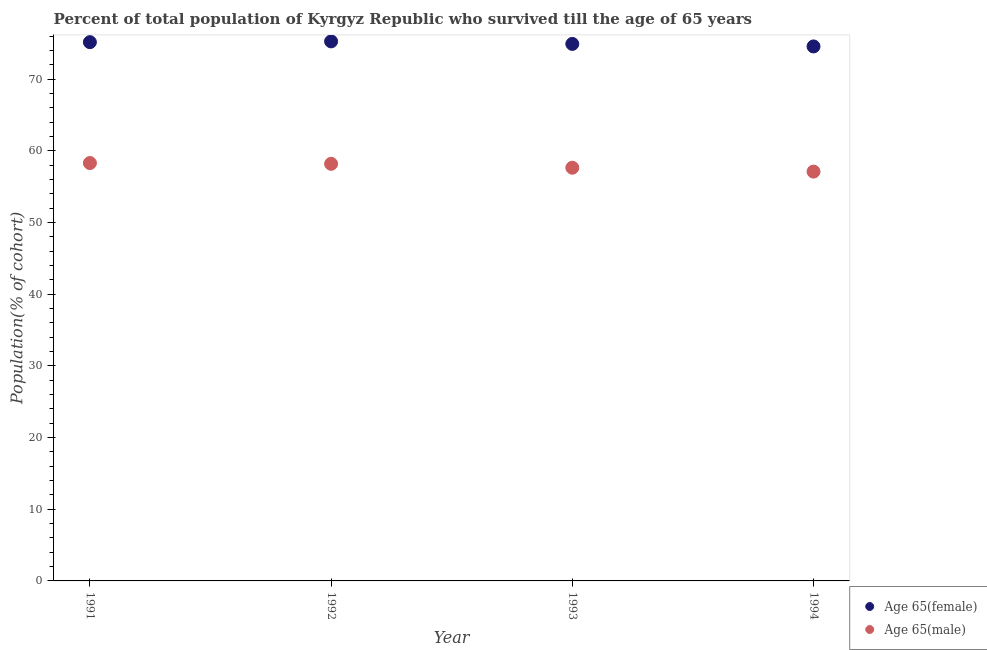
| Year | Age 65(female) | Age 65(male) |
 | --- | --- | --- |
 | 1991 | 75.2 | 58.3 |
 | 1992 | 75.3 | 58.2 |
 | 1993 | 74.9 | 57.7 |
 | 1994 | 74.6 | 57.1 |